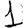
Digit: 1